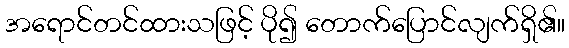
အရောင်တင်ထားသဖြင့် ပို၍ တောက်ပြောင်လျက်ရှိ၏။